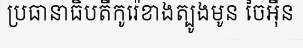
ប្រធានាធិបតីកូរ៉េខាងត្បូងមូន ចៃអ៊ីន